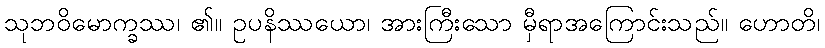
သုဘဝိမောက္ခဿ၊ ၏။ ဥပနိဿယော၊ အားကြီးသော မှီရာအကြောင်းသည်။ ဟောတိ၊